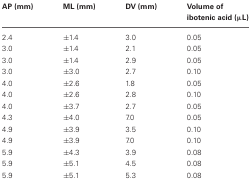
| AP (mm) | ML (mm) | DV (mm) | Volume of ibotenic acid (μL) |
 | --- | --- | --- | --- |
 | 2.4 | ±1.4 | 3.0 | 0.05 |
 | 3.0 | ±1.4 | 2.1 | 0.05 |
 | 3.0 | ±1.4 | 2.9 | 0.05 |
 | 3.0 | ±3.0 | 2.7 | 0.10 |
 | 4.0 | ±2.6 | 1.8 | 0.05 |
 | 4.0 | ±2.6 | 2.8 | 0.10 |
 | 4.0 | ±3.7 | 2.7 | 0.05 |
 | 4.3 | ±4.0 | 7.0 | 0.05 |
 | 4.9 | ±3.9 | 3.5 | 0.10 |
 | 4.9 | ±3.9 | 7.0 | 0.10 |
 | 5.9 | ±4.3 | 3.9 | 0.08 |
 | 5.9 | ±5.1 | 4.5 | 0.08 |
 | 5.9 | ±5.1 | 5.3 | 0.08 |